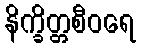
နိက္ခိတ္တစီဝရေ